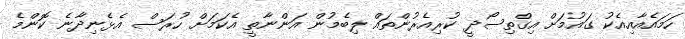
ހަމައެއާއިއެކު ގައުމަށް އިގްތިސޯދީ ކުރިއެރުންތައް ލިބެމުން އަންނާތީ އެކަމަށް ހުރަސް އެޅެނިދާނެ ކޮންމެ